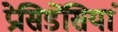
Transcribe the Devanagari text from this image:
प्रेसिडेंसियां